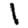
Digit: 1